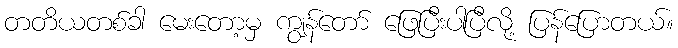
တတိယတစ်ခါ မေးတော့မှ ကျွန်တော် ဖြေပြီးပါပြီလို့ ပြန်ပြောတယ်။